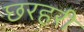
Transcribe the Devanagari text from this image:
छरहरी